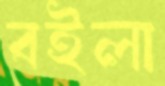
বইলা